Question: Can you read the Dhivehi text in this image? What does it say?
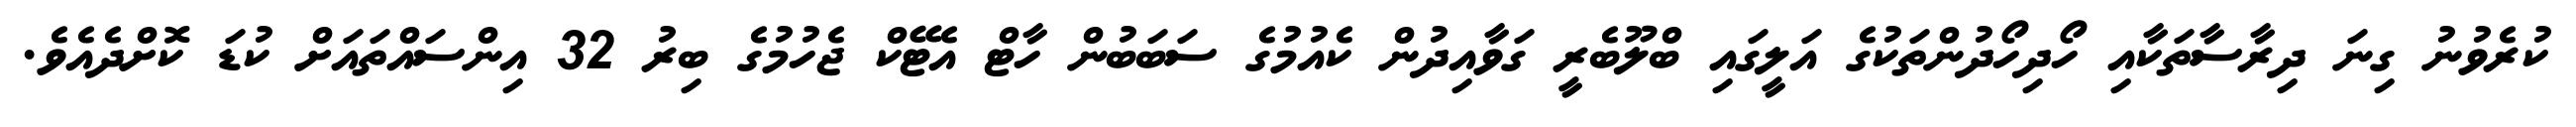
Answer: ކުރެވުނު ގިނަ ދިރާސާތަކާއި ހޯދިހޯދުންތަކުގެ އަލީގައި ބްލޫބެރީ ގަވާއިދުން ކެއުމުގެ ސަބަބުން ހާޓް އެޓޭކް ޖެހުމުގެ ބިރު 32 އިންސައްތައަށް ކުޑަ ކޮށްދެއެވެ.